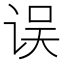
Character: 误